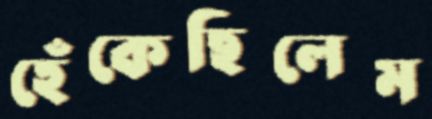
হেঁকেছিলেম